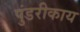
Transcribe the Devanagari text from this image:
पुंडरीकाय